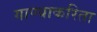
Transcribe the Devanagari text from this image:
गाण्याकरिता